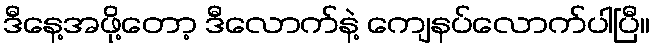
ဒီနေ့အဖို့တော့ ဒီလောက်နဲ့ ကျေနပ်လောက်ပါပြီ။